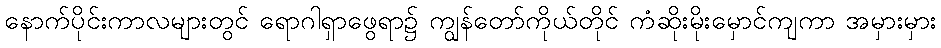
နောက်ပိုင်းကာလများတွင် ရောဂါရှာဖွေရာ၌ ကျွန်တော်ကိုယ်တိုင် ကံဆိုးမိုးမှောင်ကျကာ အမှားမှား